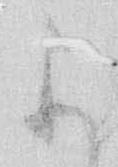
よ